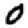
Digit: 0